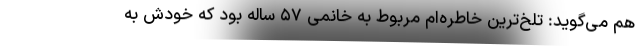
هم می‌گوید: تلخ‌ترین خاطره‌ام مربوط به خانمی ۵۷ ساله بود که خودش به